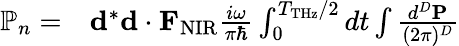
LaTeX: \begin{array}{rl}{\mathbb{P}_{n}=}&{{}{\mathbf d}^{*}{\mathbf d}\cdot{\mathbf F}_{\mathrm{NIR}}\frac{i\omega}{\pi\hbar}\int_{0}^{T_{\mathrm{THz}}/2}dt\int\frac{d^{D}{\mathbf P}}{(2\pi)^{D}}}\end{array}